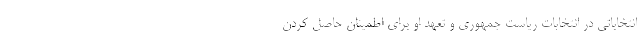
انتخاباتی در انتخابات ریاست جمهوری و تعهد او برای اطمینان حاصل کردن